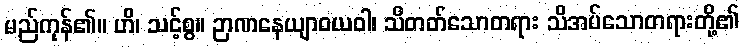
မည်ကုန်၏။ ဟိ၊ သင့်စွ။ ဉာဏနေယျာဝယဝါ၊ သိတတ်သောတရား သိအပ်သောတရားတို့၏